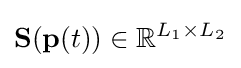
{\mathbf {S} }({\mathbf {p} }(t))\in \mathbb {R} ^{L_{1}\times L_{2}}